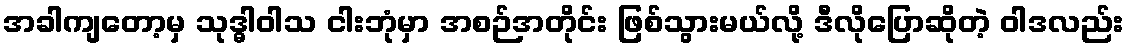
အခါကျတော့မှ သုဒ္ဓါဝါသ ငါးဘုံမှာ အစဉ်အတိုင်း ဖြစ်သွားမယ်လို့ ဒီလိုပြောဆိုတဲ့ ဝါဒလည်း